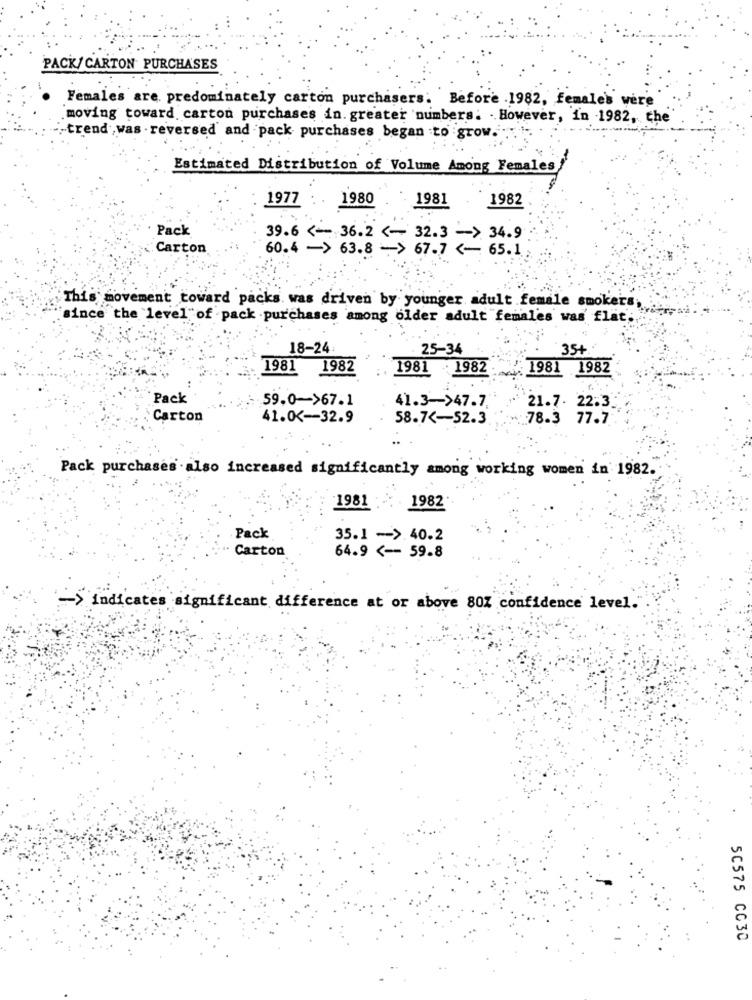
PACK/ CARTON PURCHASES
Females are predominately carton purchasers. Before .1982, female's were
moving toward carton purchases in. greater numbers: . However, in 1982, the
"-trend , was . reversed and pack purchases began to grow.
Estimated Distribution of Volume Among Females!
1977 ..
1980
1981
1982
Pack
39.6 <-- 36.2 <- 32.3 -> 34.9
Carton
60.4 -> 63.8 - > 67.7 <- 65.1
This movement toward packs. was driven by younger adult female smokers,
since the level of pack purchases among older adult females was flat;
18-24
25-34
35+
1981 1982
1981 1982
: 1981 1982
Pack
59.0->67.1
41.3->47.7.
21.7. 22.3
Carton
41.0 <-- 32.9
58.7 <- 52.3.
.78.3 77.7
Pack purchases . also increased significantly among working women in 1982.
1981 :-
1982
Pack
35.1 ->.40.2
Carton
64.9 <-- 59.8
-> indicates significant difference at or above 80% confidence level.
50575 CC30